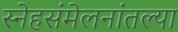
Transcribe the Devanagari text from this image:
स्नेहसंमेलनांतल्या